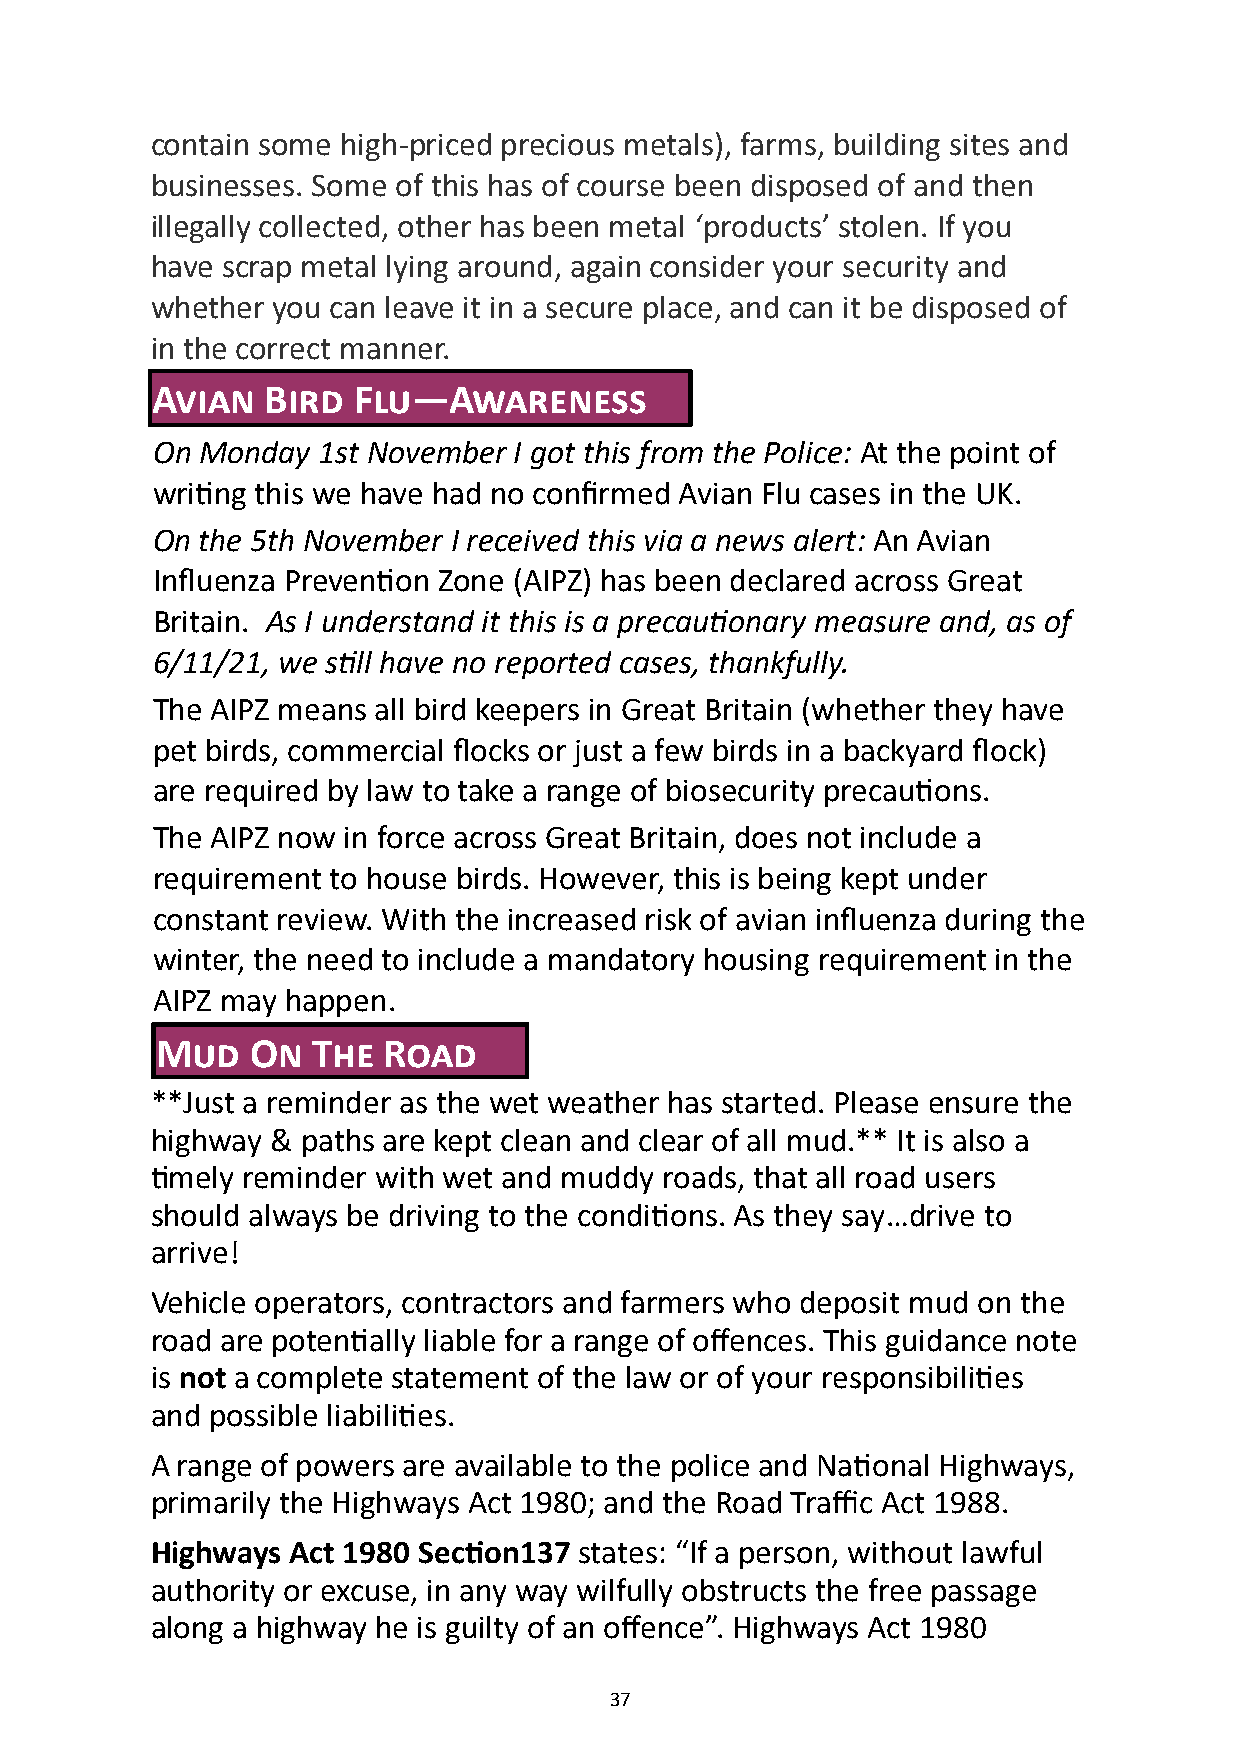
contain some high-priced precious metals), farms, building sites and
 businesses. Some of this has of course been disposed of and then
 illegally collected, other has been metal ‘products’ stolen. If you
 have scrap metal lying around, again consider your security and
 whether you can leave it in a secure place, and can it be disposed of
 in the correct manner.
 Avian   Bird Flu—Awareness
 On Monday  1st November I got this from the Police: At the point of
 writing this we have had no confirmed Avian Flu cases in the UK.
 On the 5th November I received this via a news alert: An Avian
 Influenza Prevention Zone (AIPZ) has been declared across Great
 Britain. As I understand it this is a precautionary measure and, as of
 6/11/21, we still have no reported cases, thankfully.
 The AIPZ means all bird keepers in Great Britain (whether they have
 pet birds, commercial flocks or just a few birds in a backyard flock)
 are required by law to take a range of biosecurity precautions.
 The AIPZ now in force across Great Britain, does not include a
 requirement to house birds. However, this is being kept under
 constant review. With the increased risk of avian influenza during the
 winter, the need to include a mandatory housing requirement in the
 AIPZ may happen.
 Mud    On  The Road
 **Just a reminder as the wet weather has started. Please ensure the
 highway & paths are kept clean and clear of all mud.** It is also a
 timely reminder with wet and muddy roads, that all road users
 should always be driving to the conditions. As they say…drive to
 arrive!
 Vehicle operators, contractors and farmers who deposit mud on the
 road are potentially liable for a range of offences. This guidance note
 is not a complete statement of the law or of your responsibilities
 and possible liabilities.
 A range of powers are available to the police and National Highways,
 primarily the Highways Act 1980; and the Road Traffic Act 1988.
 Highways Act 1980 Section137 states: “If a person, without lawful
 authority or excuse, in any way wilfully obstructs the free passage
 along a highway he is guilty of an offence”. Highways Act 1980
 37